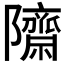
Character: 𮥱